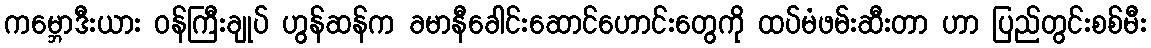
ကမ္ဘောဒီးယား ဝန်ကြီးချုပ် ဟွန်ဆန်က ခမာနီခေါင်းဆောင်ဟောင်းတွေကို ထပ်မံဖမ်းဆီးတာ ဟာ ပြည်တွင်းစစ်မီး